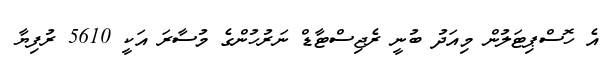
އެ ހޮސްޕިޓަލުން މިއަދު ބުނީ ރެޖިސްޓާޑް ނަރުހުންގެ މުސާރަ އަކީ 5610 ރުފިޔާ